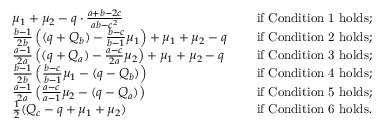
\begin{array} { r l r l } & { \mu _ { 1 } + \mu _ { 2 } - q \cdot \frac { a + b - 2 c } { a b - c ^ { 2 } } \ } & & { \mathrm { i f ~ C o n d i t i o n ~ 1 ~ h o l d s } ; } \\ & { \frac { b - 1 } { 2 b } \left( ( q + Q _ { b } ) - \frac { b - c } { b - 1 } \mu _ { 1 } \right) + \mu _ { 1 } + \mu _ { 2 } - q \ } & & { \mathrm { i f ~ C o n d i t i o n ~ 2 ~ h o l d s } ; } \\ & { \frac { a - 1 } { 2 a } \left( ( q + Q _ { a } ) - \frac { a - c } { 2 a } \mu _ { 2 } \right) + \mu _ { 1 } + \mu _ { 2 } - q \ } & & { \mathrm { i f ~ C o n d i t i o n ~ 3 ~ h o l d s } ; } \\ & { \frac { b - 1 } { 2 b } \left( \frac { b - c } { b - 1 } \mu _ { 1 } - ( q - Q _ { b } ) \right) \ } & & { \mathrm { i f ~ C o n d i t i o n ~ 4 ~ h o l d s } ; } \\ & { \frac { a - 1 } { 2 a } \left( \frac { a - c } { a - 1 } \mu _ { 2 } - ( q - Q _ { a } ) \right) \ } & & { \mathrm { i f ~ C o n d i t i o n ~ 5 ~ h o l d s } ; } \\ & { \frac { 1 } { 2 } ( Q _ { c } - q + \mu _ { 1 } + \mu _ { 2 } ) \ } & & { \mathrm { i f ~ C o n d i t i o n ~ 6 ~ h o l d s } . } \end{array}